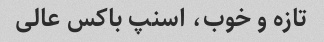
تازه و خوب، اسنپ باکس عالی